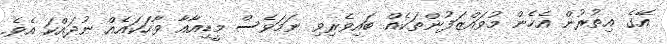
އޭގެ އިތުރުން އެހެން މުވައްޒަފުންތަކެއް ބައިވެރިވި ނަމަވެސް މީޑިއާއާ ވާހަކައެއް ނުދައްކަ އެވެ.